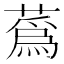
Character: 蔿